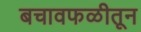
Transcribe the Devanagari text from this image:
बचावफळीतून